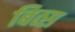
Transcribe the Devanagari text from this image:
बित्स